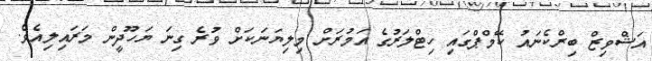
އަޝްވިޒް ބިރްކެނައު ކޭމްޕްގައި ހިޓްލަރުގެ އަމުރަށް މިލިޔަނަކަށް ވުރެ ގިނަ ޔަހޫދީން މަރައިލިއެވެ.